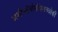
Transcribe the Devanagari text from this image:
अशौचर्निायत्रिशच्छोकी